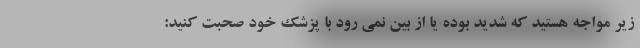
زیر مواجه هستید که شدید بوده یا از بین نمی رود با پزشک خود صحبت کنید: